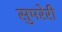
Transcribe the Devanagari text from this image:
सुमरेरी